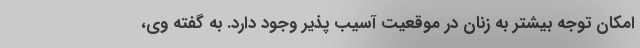
امکان توجه بیشتر به زنان در موقعیت آسیب پذیر وجود دارد. به گفته وی،